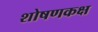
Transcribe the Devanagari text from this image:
शोषणकक्ष